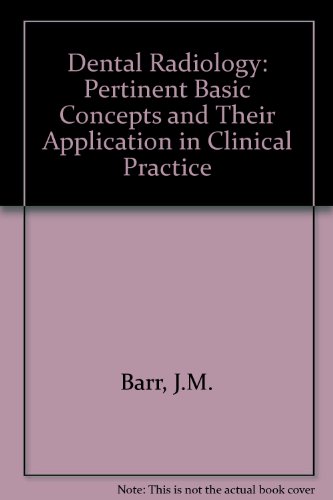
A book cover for Dental Radiology: Pertinent Basic Concepts and Their Applications in Clinical Practice; John H. Barr; Medical Books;